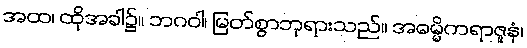
အထ၊ ထိုအခါ၌။ ဘဂဝါ၊ မြတ်စွာဘုရားသည်။ အဓမ္မိကရာဇူနံ၊